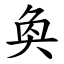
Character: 奐